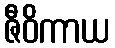
ဇီဝိကာယ